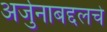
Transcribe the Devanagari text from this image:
अर्जुनाबद्दलचे